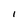
Character: I